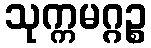
သုက္ကမဂ္ဂဉ္စ